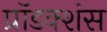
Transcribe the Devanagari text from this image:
प्रॉडक्शंस